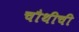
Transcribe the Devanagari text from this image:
चौथीची